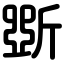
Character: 斲